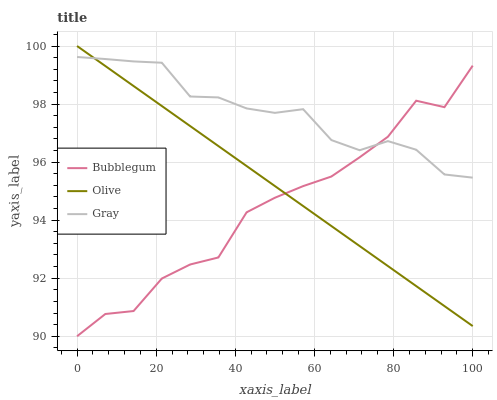
| xaxis_label | Bubblegum | Olive | Gray |
 | --- | --- | --- | --- |
 | 0 | 90 | 100 | 99.6 |
 | 7.14 | 90.8 | 99.3 | 99.6 |
 | 14.3 | 90.9 | 98.6 | 99.5 |
 | 21.4 | 92 | 97.9 | 99.4 |
 | 28.6 | 92.5 | 97.2 | 98.3 |
 | 35.7 | 92.7 | 96.6 | 98.2 |
 | 42.9 | 94.3 | 95.9 | 97.8 |
 | 50 | 94.8 | 95.2 | 97.7 |
 | 57.1 | 95.2 | 94.5 | 97.8 |
 | 64.3 | 95.5 | 93.8 | 96.8 |
 | 71.4 | 96.2 | 93.1 | 96.4 |
 | 78.6 | 96.9 | 92.4 | 96.7 |
 | 85.7 | 98.1 | 91.7 | 96.4 |
 | 92.9 | 97.9 | 91 | 95.6 |
 | 100 | 99.3 | 90.4 | 95.5 |